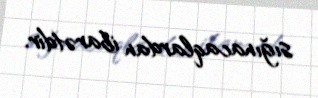
sığınacaqlardan ibarətdir.